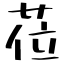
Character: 莅